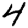
Digit: 4